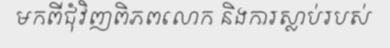
មកពីជុំវិញពិភពលោក និងការស្លាប់របស់